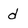
Character: d